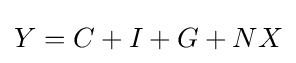
Y=C+I+G+NX